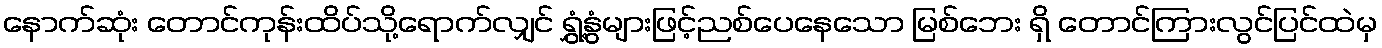
နောက်ဆုံး တောင်ကုန်းထိပ်သို့ရောက်လျှင် ရွှံ့နွံများဖြင့်ညစ်ပေနေသော မြစ်ဘေး ရှိ တောင်ကြားလွင်ပြင်ထဲမှ